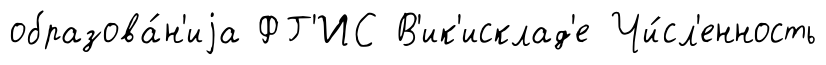
образова́н'иjа ФГ'ИС В'ик'исклад'е Чи́сл'енность